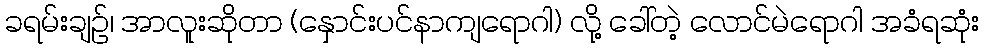
ခရမ်းချဥ်၊ အာလူးဆိုတာ (နှောင်းပင်နာကျရောဂါ) လို့ ခေါ်တဲ့ လောင်မဲရောဂါ အခံရဆုံး